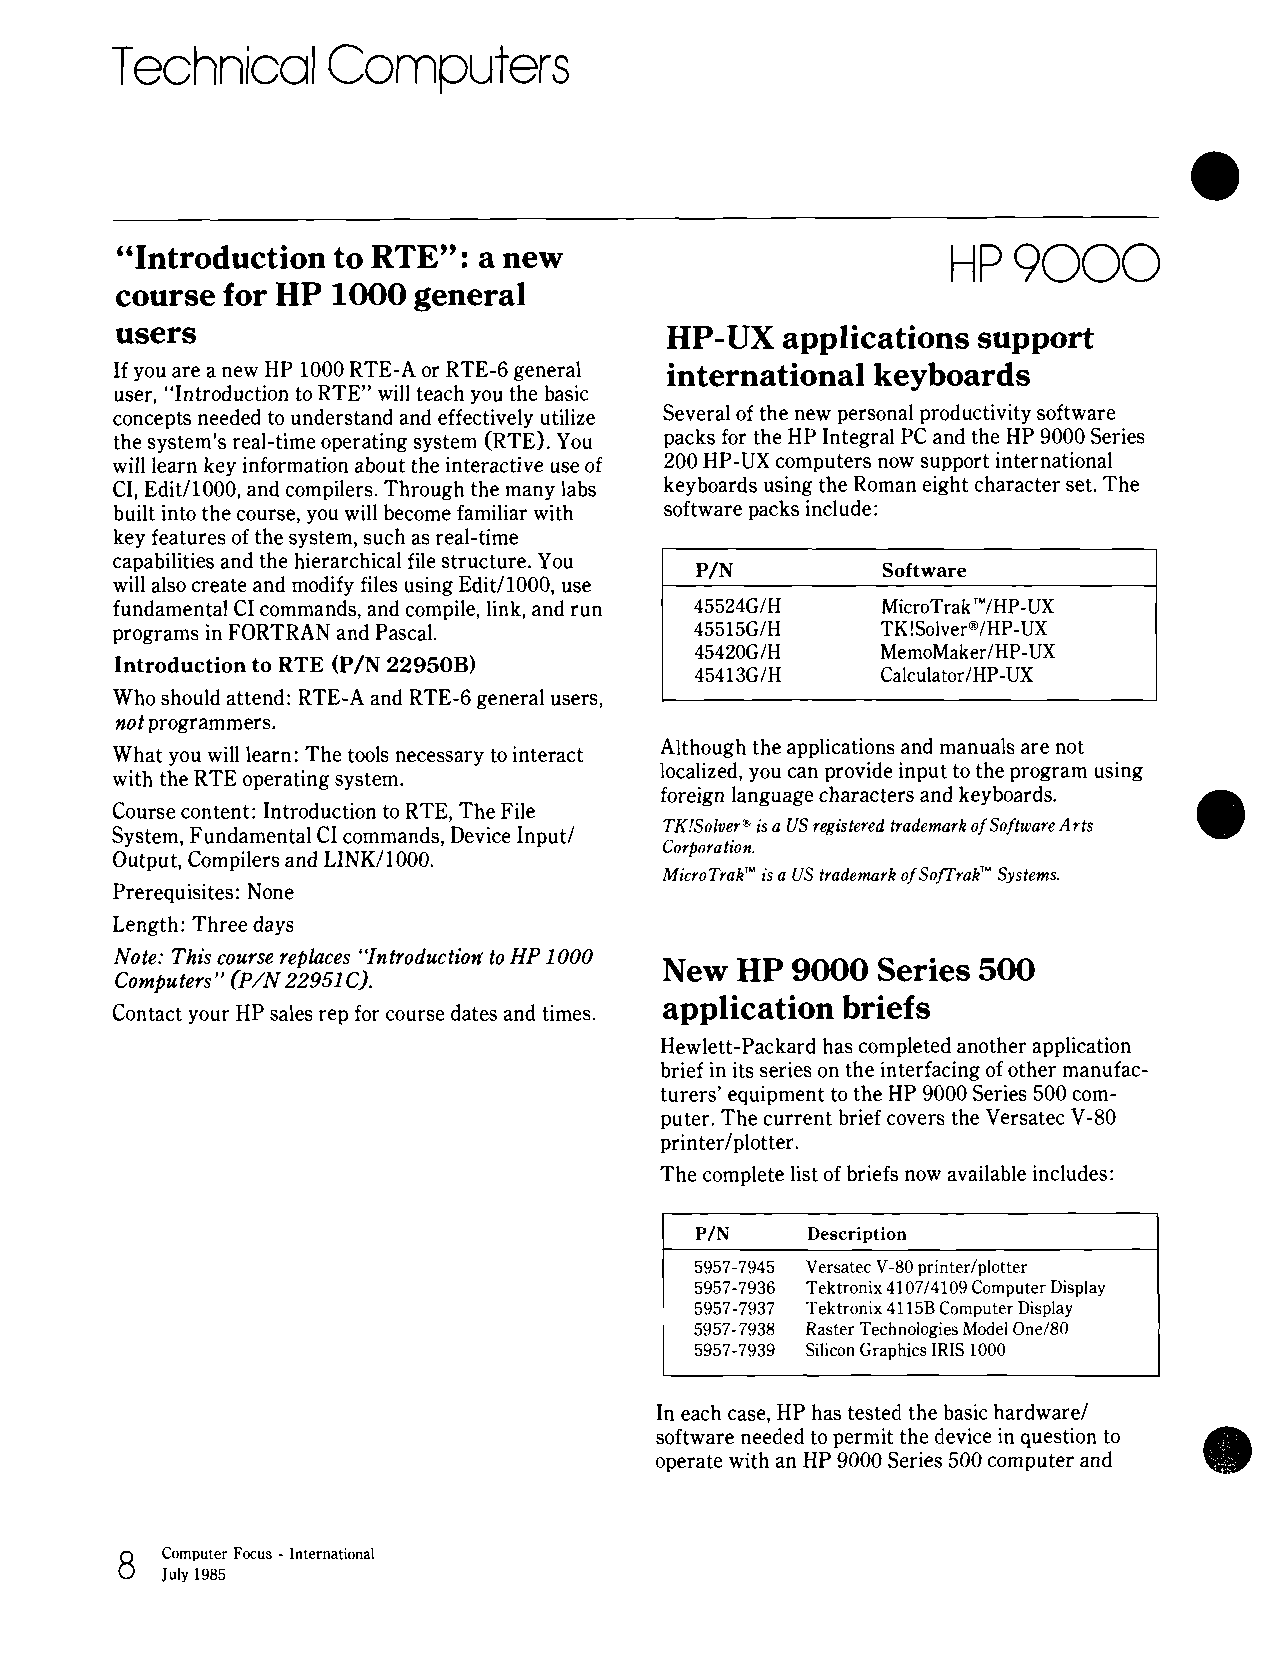
Technical      Computers
 "Introduction to RTE":  a new
 course for HP 1000 general
 users                               HP-UX   applications support
 If you are a new HP 1000 RTE-A or RTE-6 general international keyboards
 user, "Introduction to RTE" will teach you the basic
 concepts needed to understand and effectively utilize Several of the new personal productivity software
 the system's real-time operating system (RTE). You packs for the HP Integral PC and the HP 9000 Series
 will learn key information about the interactive use of 200 HP-UX computers now support international
 CI, Edit11000, and compilers. Through the many labs keyboards using the Roman eight character set. The
 built into the course, you will become familiar with software packs include:
 key features of the system, such as real-time
 capabilities and the hierarchical file structure. You I              I
 P/N         Software
 will also create and modify files using Edit11000, use
 fundamental CI commands, and compile, link, and run
 programs in FORTRAN and Pascal.
 Introduction to RTE (P/N 22950B)
 Who should attend: RTE-A and RTE-6 general users,
 not programmers.
 Although the applications and manuals are not
 What you will learn: The tools necessary to interact
 localized, you can provide input to the program using
 with the RTE operating system.
 foreign language characters and keyboards.
 Course content: Introduction to RTE, The File
 TK!SolverEi s a US registered trademark of Software Arts
 System, Fundamental CI commands, Device Input1
 Corporation.
 Output, Compilers and LINK/1000.
 MicroTrakT" is a US trademark of SofrrakT"S ystems.
 Prerequisites: None
 Length: Three days
 Note: This course replaces "Introduction, to HP 1000
 New  HP 9000  Series 500
 Computers" (P/N 22951 C).
 application briefs
 Contact your HP sales rep for course dates and times.
 Hewlett-Packard has completed another application
 brief in its series on the interfacing of other manufac-
 turers' equipment to the HP 9000 Series 500 com-
 puter. The current brief covers the Versatec V-80
 printerlplotter.
 The complete list of briefs now available includes:
 P/N    Description
 5957-7945 Versatec V-80 printer/plotter
 5957-7936 Tektronix 4107/4109 Computer Display
 5957-7937 Tektronix 4115B Computer Display
 5957-7938 Raster Technologies Model One/80
 5957-7939 Silicon Graphics IRIS 1000
 In each case, HP has tested the basic hardware1
 software needed to permit the device in question to
 operate with an HP 9000 Series 500 computer and
 8  Computer Focus - International
 1.1, ,935